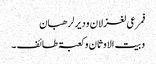
فمرعی لغزلان ودیر لرھبان
وبیت الاوثان وکعبۃ طائف ۔